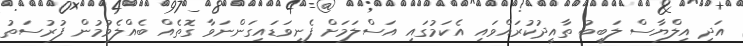
އަދި އިލްޔާސް ލަބީބު ތާއީދުކުރައްވައި އެކަމުގައި އަސްލަމަށް ފެނިވަޑައިގަންނަވާ ގޮތެއް ބެއްލެވުމުން ފުރުސަތު